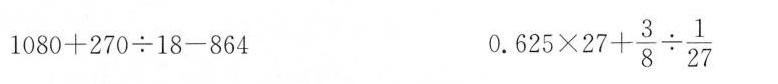
1080+270\div18-864 0.625\times27+\frac{3}{8}\div\frac{1}{27}